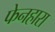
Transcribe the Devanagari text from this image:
फेनहारा